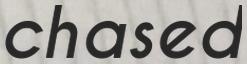
chased